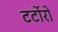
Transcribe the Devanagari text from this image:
टर्टोरो